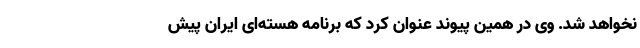
نخواهد شد. وی در همین پیوند عنوان کرد که برنامه هسته‌ای ایران پیش